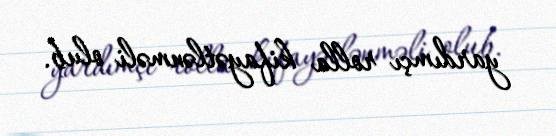
yardımçı rolla kifayətlənməli olub.